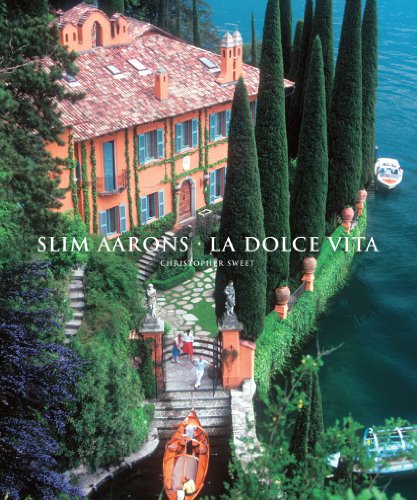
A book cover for Slim Aarons: La Dolce Vita (Getty Images); Slim Aarons; Arts & Photography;